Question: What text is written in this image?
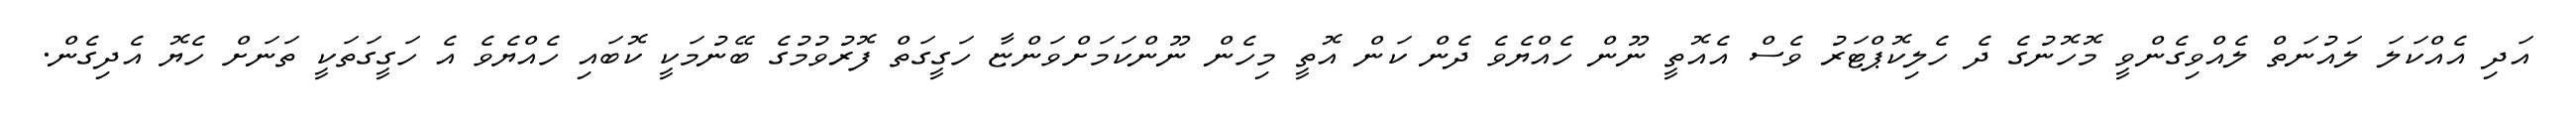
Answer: އަދި އެއްކަލަ ލައުނަތް ލެއްވިގެންވީ މޮހޮނުގެ ދެ ހެލިކޮޕްޓަރު ވެސް އެއޮތީ ނޫން ހެއްޔެވެ ދެން ކަން އޮތީ މިހެން ނޫންކަމަށްވަންޏާ ހަގީގަތް ފޮރުވުމުގެ ބޭނުމަކީ ކޮބައި ހެއްޔެވެ އެ ހަގީގަތަކީ ތަނަށް ހެޔޮ އެދިގެން.